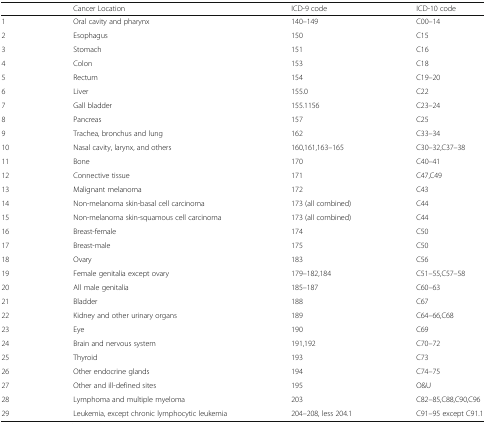
<table><thead><tr><td></td><td><b>Cancer Location</b></td><td><b>ICD-9 code</b></td><td><b>ICD-10 code</b></td></tr></thead><tbody><tr><td>1</td><td>Oral cavity and pharynx</td><td>140–149</td><td>C00–14</td></tr><tr><td>2</td><td>Esophagus</td><td>150</td><td>C15</td></tr><tr><td>3</td><td>Stomach</td><td>151</td><td>C16</td></tr><tr><td>4</td><td>Colon</td><td>153</td><td>C18</td></tr><tr><td>5</td><td>Rectum</td><td>154</td><td>C19–20</td></tr><tr><td>6</td><td>Liver</td><td>155.0</td><td>C22</td></tr><tr><td>7</td><td>Gall bladder</td><td>155.1156</td><td>C23–24</td></tr><tr><td>8</td><td>Pancreas</td><td>157</td><td>C25</td></tr><tr><td>9</td><td>Trachea, bronchus and lung</td><td>162</td><td>C33–34</td></tr><tr><td>10</td><td>Nasal cavity, larynx, and others</td><td>160,161,163–165</td><td>C30–32,C37–38</td></tr><tr><td>11</td><td>Bone</td><td>170</td><td>C40–41</td></tr><tr><td>12</td><td>Connective tissue</td><td>171</td><td>C47,C49</td></tr><tr><td>13</td><td>Malignant melanoma</td><td>172</td><td>C43</td></tr><tr><td>14</td><td>Non-melanoma skin-basal cell carcinoma</td><td>173 (all combined)</td><td>C44</td></tr><tr><td>15</td><td>Non-melanoma skin-squamous cell carcinoma</td><td>173 (all combined)</td><td>C44</td></tr><tr><td>16</td><td>Breast-female</td><td>174</td><td>C50</td></tr><tr><td>17</td><td>Breast-male</td><td>175</td><td>C50</td></tr><tr><td>18</td><td>Ovary</td><td>183</td><td>C56</td></tr><tr><td>19</td><td>Female genitalia except ovary</td><td>179–182,184</td><td>C51–55,C57–58</td></tr><tr><td>20</td><td>All male genitalia</td><td>185–187</td><td>C60–63</td></tr><tr><td>21</td><td>Bladder</td><td>188</td><td>C67</td></tr><tr><td>22</td><td>Kidney and other urinary organs</td><td>189</td><td>C64–66,C68</td></tr><tr><td>23</td><td>Eye</td><td>190</td><td>C69</td></tr><tr><td>24</td><td>Brain and nervous system</td><td>191,192</td><td>C70–72</td></tr><tr><td>25</td><td>Thyroid</td><td>193</td><td>C73</td></tr><tr><td>26</td><td>Other endocrine glands</td><td>194</td><td>C74–75</td></tr><tr><td>27</td><td>Other and ill-defined sites</td><td>195</td><td>O&amp;U</td></tr><tr><td>28</td><td>Lymphoma and multiple myeloma</td><td>203</td><td>C82–85,C88,C90,C96</td></tr><tr><td>29</td><td>Leukemia, except chronic lymphocytic leukemia</td><td>204–208, less 204.1</td><td>C91–95 except C91.1</td></tr></tbody></table>